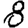
Digit: 8